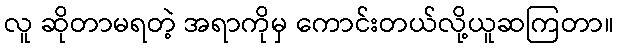
လူ ဆိုတာမရတဲ့ အရာကိုမှ ကောင်းတယ်လို့ယူဆကြတာ။